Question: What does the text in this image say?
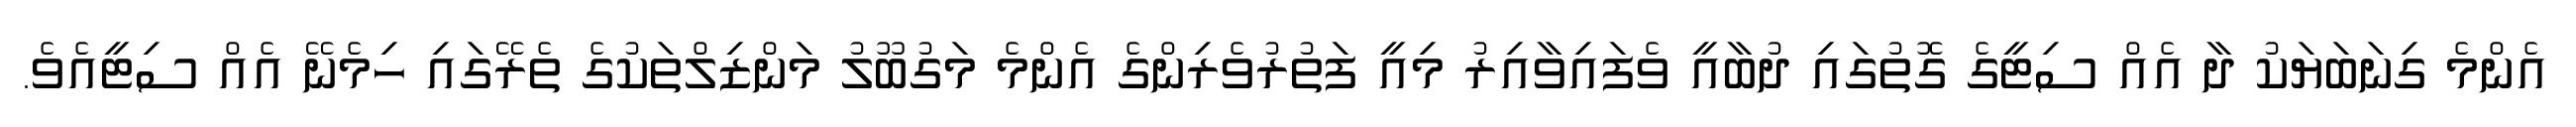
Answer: އެންމެ ގިނަބަޔަކު ދާ އެއް ސިޓީގެ ގޮތުގައި ދުބާއީ ވެފައިވާއިރު މިއީ ފަތުރުވެރިންގެ އެންމެ މަގުބޫލު މަންޒިލްތަކުގެ ތެރޭގައި ހިމެނޭ އެއް ސިޓީއެވެ.